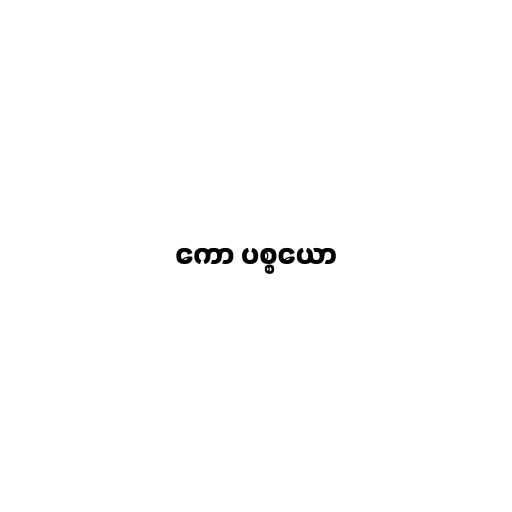
ကော ပစ္စယော